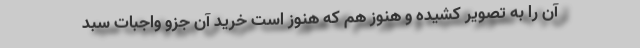
آن را به تصویر کشیده و هنوز هم که هنوز است خرید آن جزو واجبات سبد